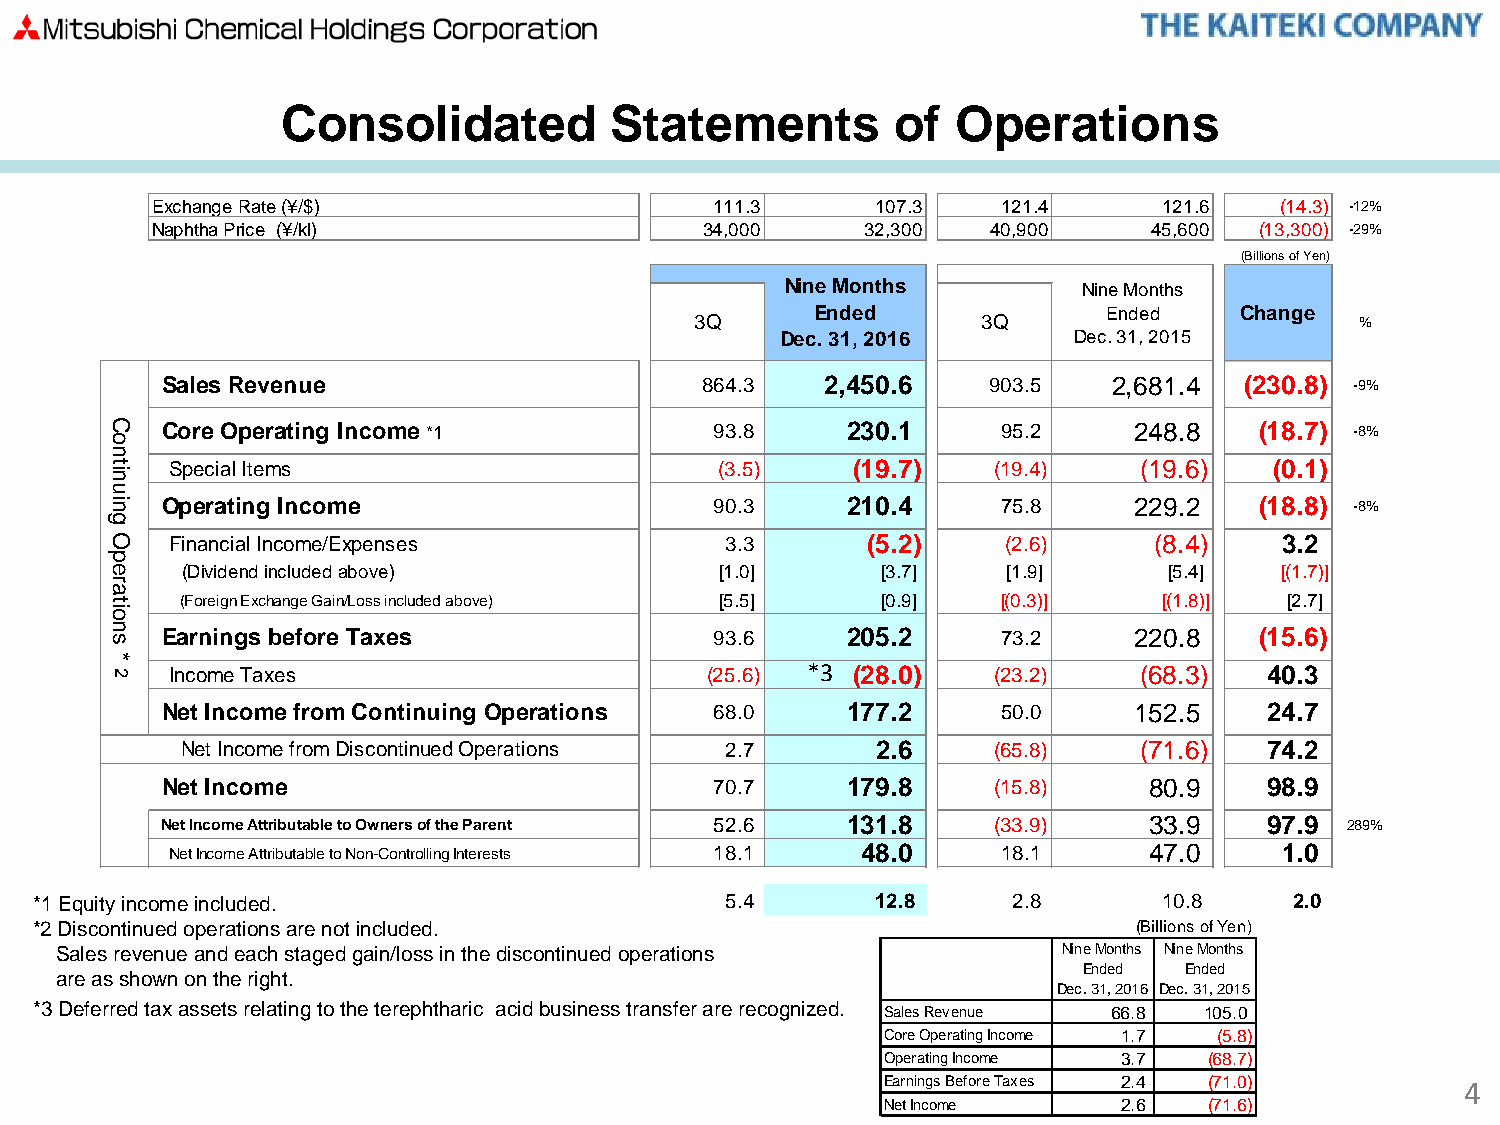
Consolidated         Statements         of  Operations
 Exchange Rate (¥/$)                  111.3      107.3   121.4      121.6   (14.3) -12%
 Naphtha Price (¥/kl)                 34,000    32,300   40,900    45,600 (13,300) -29%
 (Billions of Yen)
 Nine Months         Nine Months
 Ended              Ended    Change
 3Q                 3Q                       %
 Dec. 31, 2016      Dec. 31, 2015
 Sales Revenue                      864.3    2,450.6   903.5    2,681.4 (230.8) -9%
 Core Operating Income *1            93.8     230.1     95.2     248.8   (18.7) -8%
 Special Items                        (3.5)   (19.7)    (19.4)   (19.6)   (0.1)
 Operating Income                    90.3     210.4     75.8     229.2   (18.8) -8%
 Financial Income/Expenses            3.3      (5.2)     (2.6)    (8.4)    3.2
 (Dividend included above)           [1.0]     [3.7]    [1.9]     [5.4]   [(1.7)]
 (Foreign Exchange Gain/Loss included above) [5.5] [0.9] [(0.3)]  [(1.8)] [2.7]
 Earnings before Taxes               93.6     205.2     73.2     220.8   (15.6)
 Income Taxes                        (25.6) *3 (28.0)   (23.2)   (68.3)   40.3
 Net Income from Continuing Operations 68.0   177.2     50.0     152.5    24.7
 Net Income from Discontinued Operations 2.7   2.6     (65.8)   (71.6)   74.2
 Net Income                          70.7     179.8     (15.8)    80.9    98.9
 Net Income Attributable to Owners of the Parent 52.6 131.8 (33.9) 33.9   97.9 289%
 Net Income Attributable to Non-Controlling Interests 18.1 48.0 18.1 47.0  1.0
 *1 Equity income included.                    5.4       12.8     2.8       10.8     2.0
 *2 Discontinued operations are not included.                             (Billions of Yen)
 Sales revenue and each staged gain/loss in the discontinued operations Nine Months Nine Months
 Ended Ended
 are as shown on the right.
 Dec. 31, 2016 Dec. 31, 2015
 *3 Deferred tax assets relating to the terephtharic acid business transfer are recognized. Sales Revenue 66.8 105.0
 Core Operating Income 1.7 (5.8)
 Operating Income 3.7 (68.7)
 Earnings Before Taxes 2.4 (71.0)      4
 Net Income     2.6   (71.6)
 Continuing
 Operations
 *
 2